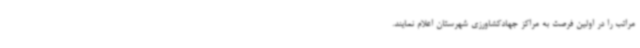
مراتب را در اولین فرصت به مراکز جهادکشاورزی شهرستان اعلام نمایند.